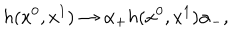
h ( x ^ { 0 } , x ^ { 1 } ) \rightarrow \alpha _ { + } h ( x ^ { 0 } , x ^ { 1 } ) \alpha _ { - } ,